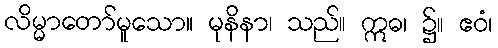
လိမ္မာတော်မူသော။ မုနိနာ၊ သည်။ ဣဓ၊ ၌။ ဧဝံ၊